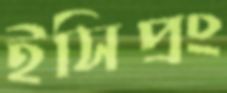
ইসিপ্রং